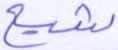
شيع